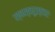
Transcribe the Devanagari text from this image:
स्वस्तरुस्तारः